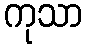
ကုသာ